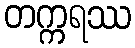
တက္ကရဿ